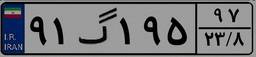
۰۴گ۲۷۴۸۸